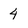
Character: 4